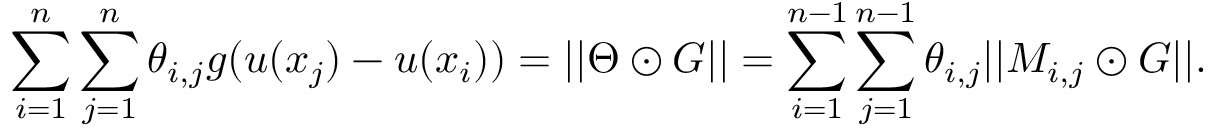
\sum _ { i = 1 } ^ { n } \sum _ { j = 1 } ^ { n } \theta _ { i , j } g ( u ( x _ { j } ) - u ( x _ { i } ) ) = | | \Theta \odot G | | = \sum _ { i = 1 } ^ { n - 1 } \sum _ { j = 1 } ^ { n - 1 } \theta _ { i , j } | | M _ { i , j } \odot G | | .